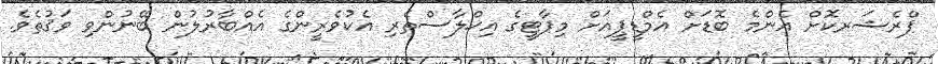
ޕްރެޝަރކޮށް އެންމެ ބޮޑަށް އެމްޑީޕީއަށް މިޕާޓީގެ އިޚްލާސްތެރި އެކުވެރީންގެ އެއްބާރުލުން ބޭނުންވި ވަޤުތެވެ.